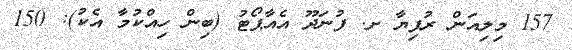
157 މިލިއަން ރުފިޔާ ށ. ފުނަދޫ އެއާޕޯޓު (ބިން ހިއްކުމާ އެކު): 150